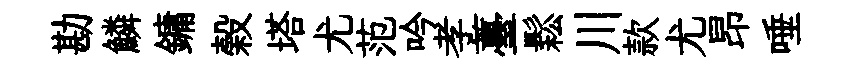
勘鱗鏞榖塔尤范吟孝薹鬆川款尤昂唾